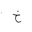
Letter: _kha